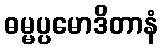
ဓမ္မပ္ပမောဒိတာနံ